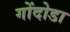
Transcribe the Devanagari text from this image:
गोंदोडा